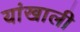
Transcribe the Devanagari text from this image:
यांखाली